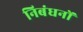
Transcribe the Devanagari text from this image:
निबंधनों